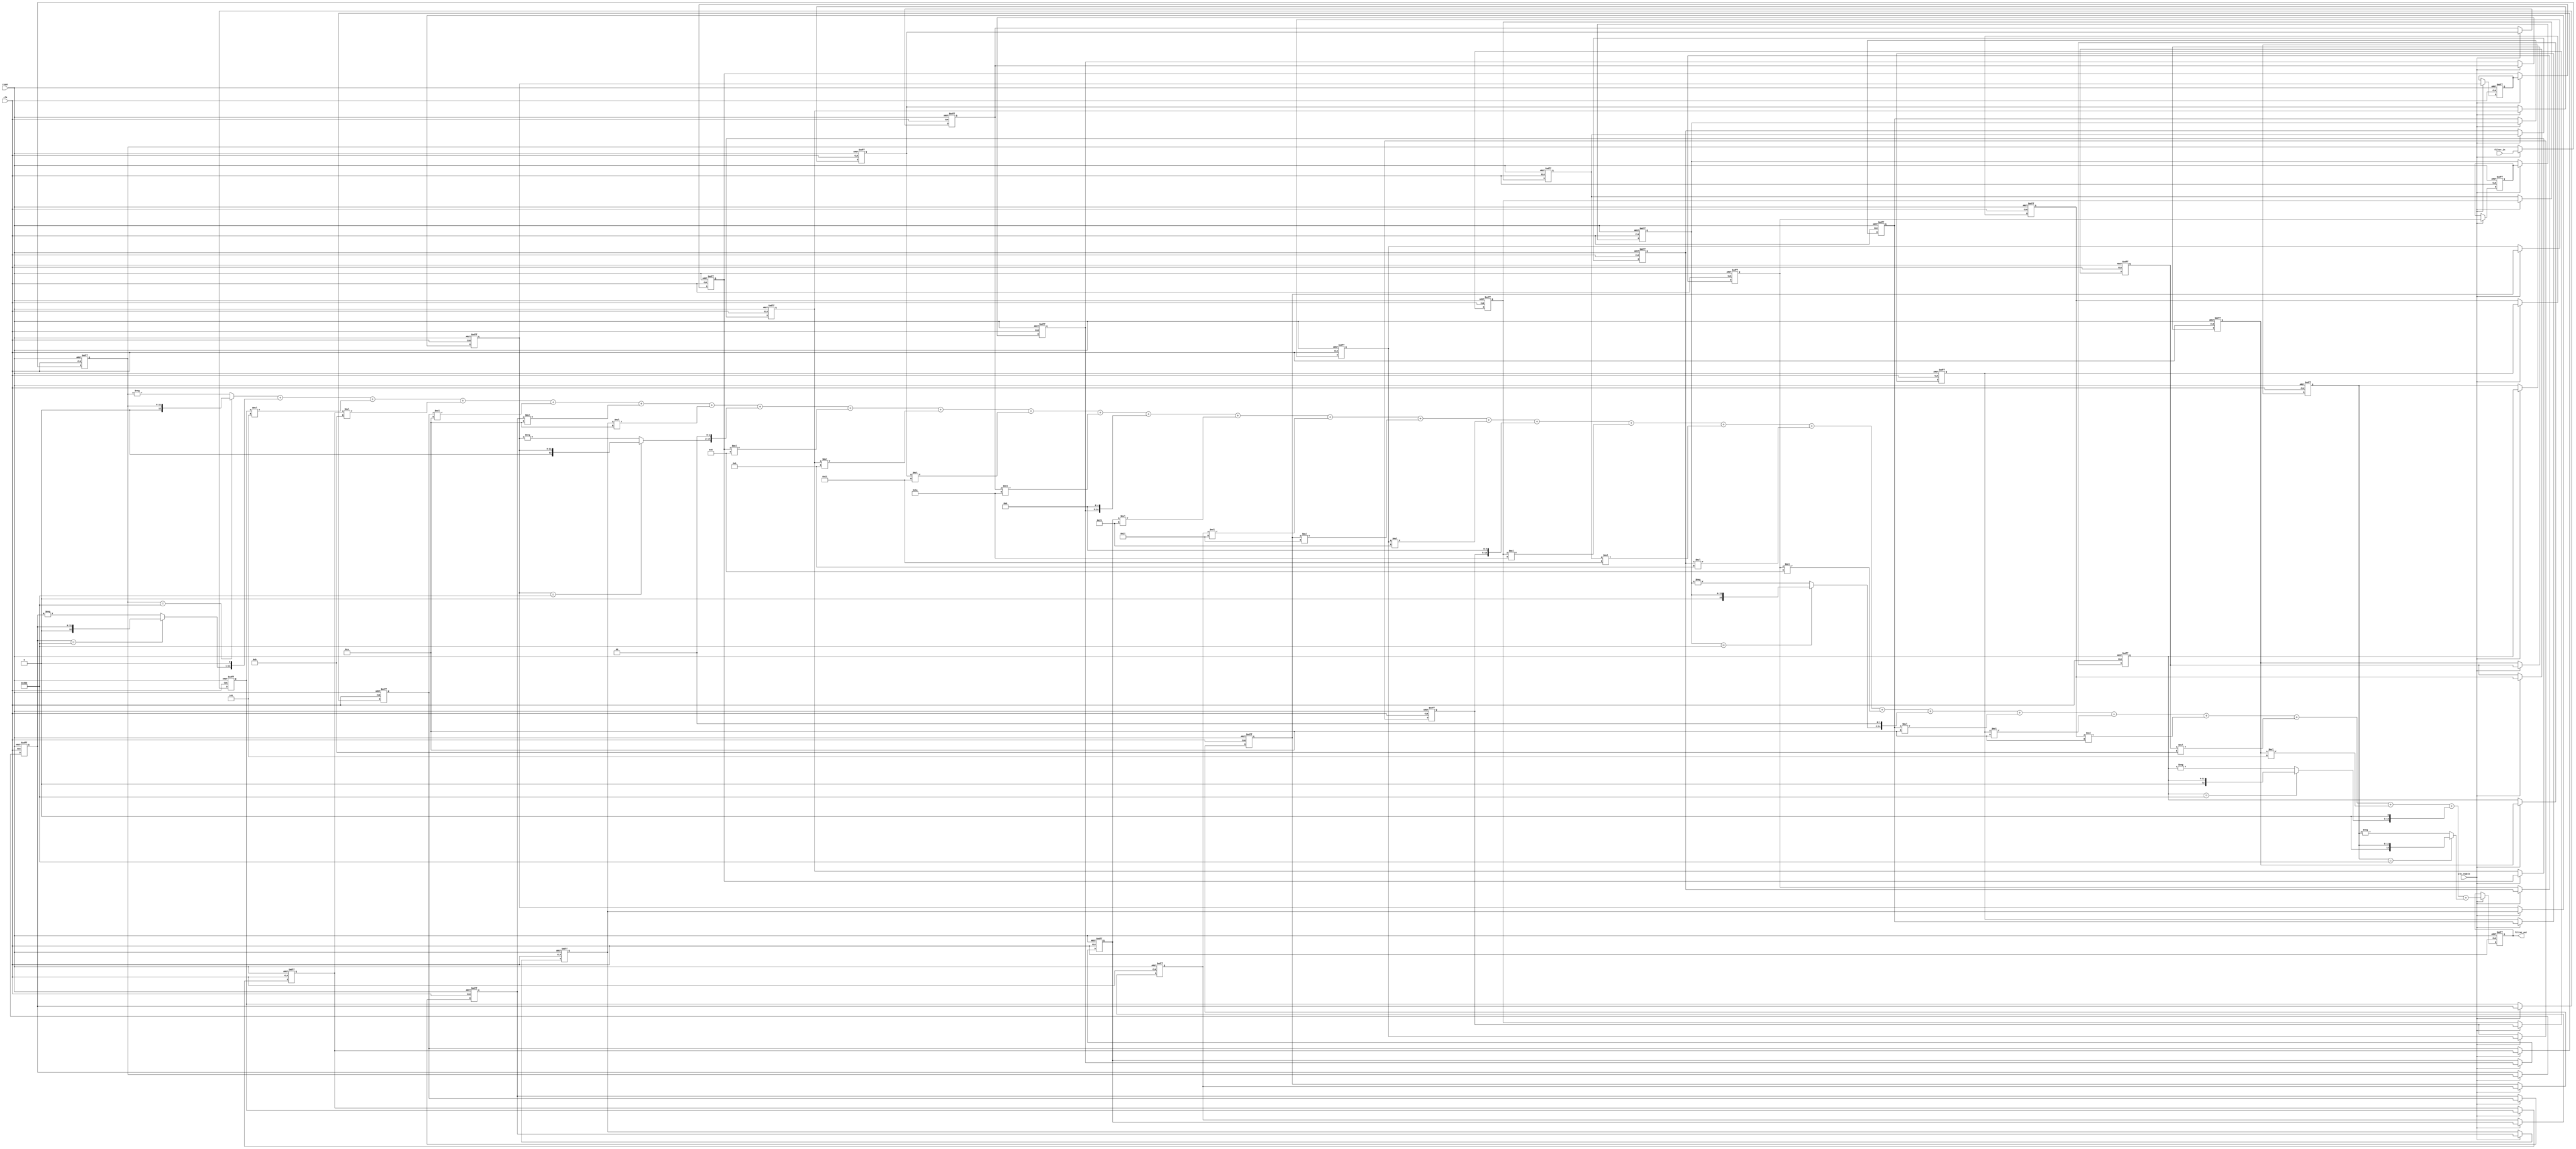
// -------------------------------------------------------------
//
// Module: fir_50_3
// Generated by MATLAB(R) 9.7 and Filter Design HDL Coder 3.1.6.
// Generated on: 2022-05-22 17:28:08
// -------------------------------------------------------------

// -------------------------------------------------------------
// HDL Code Generation Options:
//
// TargetDirectory: E:\TD\workspace
// Name: fir_50_3
// TargetLanguage: Verilog
// TestBenchStimulus: impulse step ramp chirp noise 

// -------------------------------------------------------------
// HDL Implementation    : Fully parallel
// Folding Factor        : 1
// -------------------------------------------------------------
// Filter Settings:
//
// Discrete-Time FIR Filter (real)
// -------------------------------
// Filter Structure  : Direct-Form FIR
// Filter Length     : 32
// Stable            : Yes
// Linear Phase      : Yes (Type 2)
// Arithmetic        : fixed
// Numerator         : s16,8 -> [-128 128)
// Input             : s12,0 -> [-2048 2048)
// Filter Internals  : Full Precision
//   Output          : s21,8 -> [-4096 4096)  (auto determined)
//   Product         : s18,8 -> [-512 512)  (auto determined)
//   Accumulator     : s21,8 -> [-4096 4096)  (auto determined)
//   Round Mode      : No rounding
//   Overflow Mode   : No overflow
// -------------------------------------------------------------




`timescale 1 ns / 1 ns

module fir_50_3
               (
                clk,
                clk_enable,
                reset,
                filter_in,
                filter_out
                );

  input   clk; 
  input   clk_enable; 
  input   reset; 
  input   signed [11:0] filter_in; //sfix12
  output  signed [20:0] filter_out; //sfix21_En8

////////////////////////////////////////////////////////////////
//Module Architecture: fir_50_3
////////////////////////////////////////////////////////////////
  // Local Functions
  // Type Definitions
  // Constants
  parameter signed [15:0] coeff1 = 16'b1111111111111111; //sfix16_En8
  parameter signed [15:0] coeff2 = 16'b1111111111111110; //sfix16_En8
  parameter signed [15:0] coeff3 = 16'b1111111111111101; //sfix16_En8
  parameter signed [15:0] coeff4 = 16'b1111111111111011; //sfix16_En8
  parameter signed [15:0] coeff5 = 16'b1111111111111010; //sfix16_En8
  parameter signed [15:0] coeff6 = 16'b1111111111111010; //sfix16_En8
  parameter signed [15:0] coeff7 = 16'b1111111111111010; //sfix16_En8
  parameter signed [15:0] coeff8 = 16'b1111111111111100; //sfix16_En8
  parameter signed [15:0] coeff9 = 16'b0000000000000000; //sfix16_En8
  parameter signed [15:0] coeff10 = 16'b0000000000000101; //sfix16_En8
  parameter signed [15:0] coeff11 = 16'b0000000000001011; //sfix16_En8
  parameter signed [15:0] coeff12 = 16'b0000000000010010; //sfix16_En8
  parameter signed [15:0] coeff13 = 16'b0000000000011010; //sfix16_En8
  parameter signed [15:0] coeff14 = 16'b0000000000100000; //sfix16_En8
  parameter signed [15:0] coeff15 = 16'b0000000000100101; //sfix16_En8
  parameter signed [15:0] coeff16 = 16'b0000000000100111; //sfix16_En8
  parameter signed [15:0] coeff17 = 16'b0000000000100111; //sfix16_En8
  parameter signed [15:0] coeff18 = 16'b0000000000100101; //sfix16_En8
  parameter signed [15:0] coeff19 = 16'b0000000000100000; //sfix16_En8
  parameter signed [15:0] coeff20 = 16'b0000000000011010; //sfix16_En8
  parameter signed [15:0] coeff21 = 16'b0000000000010010; //sfix16_En8
  parameter signed [15:0] coeff22 = 16'b0000000000001011; //sfix16_En8
  parameter signed [15:0] coeff23 = 16'b0000000000000101; //sfix16_En8
  parameter signed [15:0] coeff24 = 16'b0000000000000000; //sfix16_En8
  parameter signed [15:0] coeff25 = 16'b1111111111111100; //sfix16_En8
  parameter signed [15:0] coeff26 = 16'b1111111111111010; //sfix16_En8
  parameter signed [15:0] coeff27 = 16'b1111111111111010; //sfix16_En8
  parameter signed [15:0] coeff28 = 16'b1111111111111010; //sfix16_En8
  parameter signed [15:0] coeff29 = 16'b1111111111111011; //sfix16_En8
  parameter signed [15:0] coeff30 = 16'b1111111111111101; //sfix16_En8
  parameter signed [15:0] coeff31 = 16'b1111111111111110; //sfix16_En8
  parameter signed [15:0] coeff32 = 16'b1111111111111111; //sfix16_En8

  // Signals
  reg  signed [11:0] delay_pipeline [0:31] ; // sfix12
  wire signed [17:0] product32; // sfix18_En8
  wire signed [12:0] mulpwr2_temp; // sfix13
  wire signed [17:0] product31; // sfix18_En8
  wire signed [12:0] mulpwr2_temp_1; // sfix13
  wire signed [17:0] product30; // sfix18_En8
  wire signed [27:0] mul_temp; // sfix28_En8
  wire signed [17:0] product29; // sfix18_En8
  wire signed [27:0] mul_temp_1; // sfix28_En8
  wire signed [17:0] product28; // sfix18_En8
  wire signed [27:0] mul_temp_2; // sfix28_En8
  wire signed [17:0] product27; // sfix18_En8
  wire signed [27:0] mul_temp_3; // sfix28_En8
  wire signed [17:0] product26; // sfix18_En8
  wire signed [27:0] mul_temp_4; // sfix28_En8
  wire signed [17:0] product25; // sfix18_En8
  wire signed [12:0] mulpwr2_temp_2; // sfix13
  wire signed [17:0] product23; // sfix18_En8
  wire signed [27:0] mul_temp_5; // sfix28_En8
  wire signed [17:0] product22; // sfix18_En8
  wire signed [27:0] mul_temp_6; // sfix28_En8
  wire signed [17:0] product21; // sfix18_En8
  wire signed [27:0] mul_temp_7; // sfix28_En8
  wire signed [17:0] product20; // sfix18_En8
  wire signed [27:0] mul_temp_8; // sfix28_En8
  wire signed [17:0] product19; // sfix18_En8
  wire signed [17:0] product18; // sfix18_En8
  wire signed [27:0] mul_temp_9; // sfix28_En8
  wire signed [17:0] product17; // sfix18_En8
  wire signed [27:0] mul_temp_10; // sfix28_En8
  wire signed [17:0] product16; // sfix18_En8
  wire signed [27:0] mul_temp_11; // sfix28_En8
  wire signed [17:0] product15; // sfix18_En8
  wire signed [27:0] mul_temp_12; // sfix28_En8
  wire signed [17:0] product14; // sfix18_En8
  wire signed [17:0] product13; // sfix18_En8
  wire signed [27:0] mul_temp_13; // sfix28_En8
  wire signed [17:0] product12; // sfix18_En8
  wire signed [27:0] mul_temp_14; // sfix28_En8
  wire signed [17:0] product11; // sfix18_En8
  wire signed [27:0] mul_temp_15; // sfix28_En8
  wire signed [17:0] product10; // sfix18_En8
  wire signed [27:0] mul_temp_16; // sfix28_En8
  wire signed [17:0] product8; // sfix18_En8
  wire signed [12:0] mulpwr2_temp_3; // sfix13
  wire signed [17:0] product7; // sfix18_En8
  wire signed [27:0] mul_temp_17; // sfix28_En8
  wire signed [17:0] product6; // sfix18_En8
  wire signed [27:0] mul_temp_18; // sfix28_En8
  wire signed [17:0] product5; // sfix18_En8
  wire signed [27:0] mul_temp_19; // sfix28_En8
  wire signed [17:0] product4; // sfix18_En8
  wire signed [27:0] mul_temp_20; // sfix28_En8
  wire signed [17:0] product3; // sfix18_En8
  wire signed [27:0] mul_temp_21; // sfix28_En8
  wire signed [17:0] product2; // sfix18_En8
  wire signed [12:0] mulpwr2_temp_4; // sfix13
  wire signed [20:0] product1_cast; // sfix21_En8
  wire signed [17:0] product1; // sfix18_En8
  wire signed [12:0] mulpwr2_temp_5; // sfix13
  wire signed [20:0] sum1; // sfix21_En8
  wire signed [20:0] add_signext; // sfix21_En8
  wire signed [20:0] add_signext_1; // sfix21_En8
  wire signed [21:0] add_temp; // sfix22_En8
  wire signed [20:0] sum2; // sfix21_En8
  wire signed [20:0] add_signext_2; // sfix21_En8
  wire signed [20:0] add_signext_3; // sfix21_En8
  wire signed [21:0] add_temp_1; // sfix22_En8
  wire signed [20:0] sum3; // sfix21_En8
  wire signed [20:0] add_signext_4; // sfix21_En8
  wire signed [20:0] add_signext_5; // sfix21_En8
  wire signed [21:0] add_temp_2; // sfix22_En8
  wire signed [20:0] sum4; // sfix21_En8
  wire signed [20:0] add_signext_6; // sfix21_En8
  wire signed [20:0] add_signext_7; // sfix21_En8
  wire signed [21:0] add_temp_3; // sfix22_En8
  wire signed [20:0] sum5; // sfix21_En8
  wire signed [20:0] add_signext_8; // sfix21_En8
  wire signed [20:0] add_signext_9; // sfix21_En8
  wire signed [21:0] add_temp_4; // sfix22_En8
  wire signed [20:0] sum6; // sfix21_En8
  wire signed [20:0] add_signext_10; // sfix21_En8
  wire signed [20:0] add_signext_11; // sfix21_En8
  wire signed [21:0] add_temp_5; // sfix22_En8
  wire signed [20:0] sum7; // sfix21_En8
  wire signed [20:0] add_signext_12; // sfix21_En8
  wire signed [20:0] add_signext_13; // sfix21_En8
  wire signed [21:0] add_temp_6; // sfix22_En8
  wire signed [20:0] sum8; // sfix21_En8
  wire signed [20:0] add_signext_14; // sfix21_En8
  wire signed [20:0] add_signext_15; // sfix21_En8
  wire signed [21:0] add_temp_7; // sfix22_En8
  wire signed [20:0] sum9; // sfix21_En8
  wire signed [20:0] add_signext_16; // sfix21_En8
  wire signed [20:0] add_signext_17; // sfix21_En8
  wire signed [21:0] add_temp_8; // sfix22_En8
  wire signed [20:0] sum10; // sfix21_En8
  wire signed [20:0] add_signext_18; // sfix21_En8
  wire signed [20:0] add_signext_19; // sfix21_En8
  wire signed [21:0] add_temp_9; // sfix22_En8
  wire signed [20:0] sum11; // sfix21_En8
  wire signed [20:0] add_signext_20; // sfix21_En8
  wire signed [20:0] add_signext_21; // sfix21_En8
  wire signed [21:0] add_temp_10; // sfix22_En8
  wire signed [20:0] sum12; // sfix21_En8
  wire signed [20:0] add_signext_22; // sfix21_En8
  wire signed [20:0] add_signext_23; // sfix21_En8
  wire signed [21:0] add_temp_11; // sfix22_En8
  wire signed [20:0] sum13; // sfix21_En8
  wire signed [20:0] add_signext_24; // sfix21_En8
  wire signed [20:0] add_signext_25; // sfix21_En8
  wire signed [21:0] add_temp_12; // sfix22_En8
  wire signed [20:0] sum14; // sfix21_En8
  wire signed [20:0] add_signext_26; // sfix21_En8
  wire signed [20:0] add_signext_27; // sfix21_En8
  wire signed [21:0] add_temp_13; // sfix22_En8
  wire signed [20:0] sum15; // sfix21_En8
  wire signed [20:0] add_signext_28; // sfix21_En8
  wire signed [20:0] add_signext_29; // sfix21_En8
  wire signed [21:0] add_temp_14; // sfix22_En8
  wire signed [20:0] sum16; // sfix21_En8
  wire signed [20:0] add_signext_30; // sfix21_En8
  wire signed [20:0] add_signext_31; // sfix21_En8
  wire signed [21:0] add_temp_15; // sfix22_En8
  wire signed [20:0] sum17; // sfix21_En8
  wire signed [20:0] add_signext_32; // sfix21_En8
  wire signed [20:0] add_signext_33; // sfix21_En8
  wire signed [21:0] add_temp_16; // sfix22_En8
  wire signed [20:0] sum18; // sfix21_En8
  wire signed [20:0] add_signext_34; // sfix21_En8
  wire signed [20:0] add_signext_35; // sfix21_En8
  wire signed [21:0] add_temp_17; // sfix22_En8
  wire signed [20:0] sum19; // sfix21_En8
  wire signed [20:0] add_signext_36; // sfix21_En8
  wire signed [20:0] add_signext_37; // sfix21_En8
  wire signed [21:0] add_temp_18; // sfix22_En8
  wire signed [20:0] sum20; // sfix21_En8
  wire signed [20:0] add_signext_38; // sfix21_En8
  wire signed [20:0] add_signext_39; // sfix21_En8
  wire signed [21:0] add_temp_19; // sfix22_En8
  wire signed [20:0] sum21; // sfix21_En8
  wire signed [20:0] add_signext_40; // sfix21_En8
  wire signed [20:0] add_signext_41; // sfix21_En8
  wire signed [21:0] add_temp_20; // sfix22_En8
  wire signed [20:0] sum22; // sfix21_En8
  wire signed [20:0] add_signext_42; // sfix21_En8
  wire signed [20:0] add_signext_43; // sfix21_En8
  wire signed [21:0] add_temp_21; // sfix22_En8
  wire signed [20:0] sum23; // sfix21_En8
  wire signed [20:0] add_signext_44; // sfix21_En8
  wire signed [20:0] add_signext_45; // sfix21_En8
  wire signed [21:0] add_temp_22; // sfix22_En8
  wire signed [20:0] sum24; // sfix21_En8
  wire signed [20:0] add_signext_46; // sfix21_En8
  wire signed [20:0] add_signext_47; // sfix21_En8
  wire signed [21:0] add_temp_23; // sfix22_En8
  wire signed [20:0] sum25; // sfix21_En8
  wire signed [20:0] add_signext_48; // sfix21_En8
  wire signed [20:0] add_signext_49; // sfix21_En8
  wire signed [21:0] add_temp_24; // sfix22_En8
  wire signed [20:0] sum26; // sfix21_En8
  wire signed [20:0] add_signext_50; // sfix21_En8
  wire signed [20:0] add_signext_51; // sfix21_En8
  wire signed [21:0] add_temp_25; // sfix22_En8
  wire signed [20:0] sum27; // sfix21_En8
  wire signed [20:0] add_signext_52; // sfix21_En8
  wire signed [20:0] add_signext_53; // sfix21_En8
  wire signed [21:0] add_temp_26; // sfix22_En8
  wire signed [20:0] sum28; // sfix21_En8
  wire signed [20:0] add_signext_54; // sfix21_En8
  wire signed [20:0] add_signext_55; // sfix21_En8
  wire signed [21:0] add_temp_27; // sfix22_En8
  wire signed [20:0] sum29; // sfix21_En8
  wire signed [20:0] add_signext_56; // sfix21_En8
  wire signed [20:0] add_signext_57; // sfix21_En8
  wire signed [21:0] add_temp_28; // sfix22_En8
  reg  signed [20:0] output_register; // sfix21_En8

  // Block Statements
  always @( posedge clk or posedge reset)
    begin: Delay_Pipeline_process
      if (reset == 1'b1) begin
        delay_pipeline[0] <= 0;
        delay_pipeline[1] <= 0;
        delay_pipeline[2] <= 0;
        delay_pipeline[3] <= 0;
        delay_pipeline[4] <= 0;
        delay_pipeline[5] <= 0;
        delay_pipeline[6] <= 0;
        delay_pipeline[7] <= 0;
        delay_pipeline[8] <= 0;
        delay_pipeline[9] <= 0;
        delay_pipeline[10] <= 0;
        delay_pipeline[11] <= 0;
        delay_pipeline[12] <= 0;
        delay_pipeline[13] <= 0;
        delay_pipeline[14] <= 0;
        delay_pipeline[15] <= 0;
        delay_pipeline[16] <= 0;
        delay_pipeline[17] <= 0;
        delay_pipeline[18] <= 0;
        delay_pipeline[19] <= 0;
        delay_pipeline[20] <= 0;
        delay_pipeline[21] <= 0;
        delay_pipeline[22] <= 0;
        delay_pipeline[23] <= 0;
        delay_pipeline[24] <= 0;
        delay_pipeline[25] <= 0;
        delay_pipeline[26] <= 0;
        delay_pipeline[27] <= 0;
        delay_pipeline[28] <= 0;
        delay_pipeline[29] <= 0;
        delay_pipeline[30] <= 0;
        delay_pipeline[31] <= 0;
      end
      else begin
        if (clk_enable == 1'b1) begin
          delay_pipeline[0] <= filter_in;
          delay_pipeline[1] <= delay_pipeline[0];
          delay_pipeline[2] <= delay_pipeline[1];
          delay_pipeline[3] <= delay_pipeline[2];
          delay_pipeline[4] <= delay_pipeline[3];
          delay_pipeline[5] <= delay_pipeline[4];
          delay_pipeline[6] <= delay_pipeline[5];
          delay_pipeline[7] <= delay_pipeline[6];
          delay_pipeline[8] <= delay_pipeline[7];
          delay_pipeline[9] <= delay_pipeline[8];
          delay_pipeline[10] <= delay_pipeline[9];
          delay_pipeline[11] <= delay_pipeline[10];
          delay_pipeline[12] <= delay_pipeline[11];
          delay_pipeline[13] <= delay_pipeline[12];
          delay_pipeline[14] <= delay_pipeline[13];
          delay_pipeline[15] <= delay_pipeline[14];
          delay_pipeline[16] <= delay_pipeline[15];
          delay_pipeline[17] <= delay_pipeline[16];
          delay_pipeline[18] <= delay_pipeline[17];
          delay_pipeline[19] <= delay_pipeline[18];
          delay_pipeline[20] <= delay_pipeline[19];
          delay_pipeline[21] <= delay_pipeline[20];
          delay_pipeline[22] <= delay_pipeline[21];
          delay_pipeline[23] <= delay_pipeline[22];
          delay_pipeline[24] <= delay_pipeline[23];
          delay_pipeline[25] <= delay_pipeline[24];
          delay_pipeline[26] <= delay_pipeline[25];
          delay_pipeline[27] <= delay_pipeline[26];
          delay_pipeline[28] <= delay_pipeline[27];
          delay_pipeline[29] <= delay_pipeline[28];
          delay_pipeline[30] <= delay_pipeline[29];
          delay_pipeline[31] <= delay_pipeline[30];
        end
      end
    end // Delay_Pipeline_process


  assign mulpwr2_temp = (delay_pipeline[31]==12'b100000000000) ? $signed({1'b0, delay_pipeline[31]}) : -delay_pipeline[31];

  assign product32 = $signed({{5{mulpwr2_temp[12]}}, mulpwr2_temp});

  assign mulpwr2_temp_1 = (delay_pipeline[30]==12'b100000000000) ? $signed({1'b0, delay_pipeline[30]}) : -delay_pipeline[30];

  assign product31 = $signed({mulpwr2_temp_1[12:0], 1'b0});

  assign mul_temp = delay_pipeline[29] * coeff30;
  assign product30 = mul_temp[17:0];

  assign mul_temp_1 = delay_pipeline[28] * coeff29;
  assign product29 = mul_temp_1[17:0];

  assign mul_temp_2 = delay_pipeline[27] * coeff28;
  assign product28 = mul_temp_2[17:0];

  assign mul_temp_3 = delay_pipeline[26] * coeff27;
  assign product27 = mul_temp_3[17:0];

  assign mul_temp_4 = delay_pipeline[25] * coeff26;
  assign product26 = mul_temp_4[17:0];

  assign mulpwr2_temp_2 = (delay_pipeline[24]==12'b100000000000) ? $signed({1'b0, delay_pipeline[24]}) : -delay_pipeline[24];

  assign product25 = $signed({mulpwr2_temp_2[12:0], 2'b00});

  assign mul_temp_5 = delay_pipeline[22] * coeff23;
  assign product23 = mul_temp_5[17:0];

  assign mul_temp_6 = delay_pipeline[21] * coeff22;
  assign product22 = mul_temp_6[17:0];

  assign mul_temp_7 = delay_pipeline[20] * coeff21;
  assign product21 = mul_temp_7[17:0];

  assign mul_temp_8 = delay_pipeline[19] * coeff20;
  assign product20 = mul_temp_8[17:0];

  assign product19 = $signed({delay_pipeline[18][11:0], 5'b00000});

  assign mul_temp_9 = delay_pipeline[17] * coeff18;
  assign product18 = mul_temp_9[17:0];

  assign mul_temp_10 = delay_pipeline[16] * coeff17;
  assign product17 = mul_temp_10[17:0];

  assign mul_temp_11 = delay_pipeline[15] * coeff16;
  assign product16 = mul_temp_11[17:0];

  assign mul_temp_12 = delay_pipeline[14] * coeff15;
  assign product15 = mul_temp_12[17:0];

  assign product14 = $signed({delay_pipeline[13][11:0], 5'b00000});

  assign mul_temp_13 = delay_pipeline[12] * coeff13;
  assign product13 = mul_temp_13[17:0];

  assign mul_temp_14 = delay_pipeline[11] * coeff12;
  assign product12 = mul_temp_14[17:0];

  assign mul_temp_15 = delay_pipeline[10] * coeff11;
  assign product11 = mul_temp_15[17:0];

  assign mul_temp_16 = delay_pipeline[9] * coeff10;
  assign product10 = mul_temp_16[17:0];

  assign mulpwr2_temp_3 = (delay_pipeline[7]==12'b100000000000) ? $signed({1'b0, delay_pipeline[7]}) : -delay_pipeline[7];

  assign product8 = $signed({mulpwr2_temp_3[12:0], 2'b00});

  assign mul_temp_17 = delay_pipeline[6] * coeff7;
  assign product7 = mul_temp_17[17:0];

  assign mul_temp_18 = delay_pipeline[5] * coeff6;
  assign product6 = mul_temp_18[17:0];

  assign mul_temp_19 = delay_pipeline[4] * coeff5;
  assign product5 = mul_temp_19[17:0];

  assign mul_temp_20 = delay_pipeline[3] * coeff4;
  assign product4 = mul_temp_20[17:0];

  assign mul_temp_21 = delay_pipeline[2] * coeff3;
  assign product3 = mul_temp_21[17:0];

  assign mulpwr2_temp_4 = (delay_pipeline[1]==12'b100000000000) ? $signed({1'b0, delay_pipeline[1]}) : -delay_pipeline[1];

  assign product2 = $signed({mulpwr2_temp_4[12:0], 1'b0});

  assign product1_cast = $signed({{3{product1[17]}}, product1});

  assign mulpwr2_temp_5 = (delay_pipeline[0]==12'b100000000000) ? $signed({1'b0, delay_pipeline[0]}) : -delay_pipeline[0];

  assign product1 = $signed({{5{mulpwr2_temp_5[12]}}, mulpwr2_temp_5});

  assign add_signext = product1_cast;
  assign add_signext_1 = $signed({{3{product2[17]}}, product2});
  assign add_temp = add_signext + add_signext_1;
  assign sum1 = add_temp[20:0];

  assign add_signext_2 = sum1;
  assign add_signext_3 = $signed({{3{product3[17]}}, product3});
  assign add_temp_1 = add_signext_2 + add_signext_3;
  assign sum2 = add_temp_1[20:0];

  assign add_signext_4 = sum2;
  assign add_signext_5 = $signed({{3{product4[17]}}, product4});
  assign add_temp_2 = add_signext_4 + add_signext_5;
  assign sum3 = add_temp_2[20:0];

  assign add_signext_6 = sum3;
  assign add_signext_7 = $signed({{3{product5[17]}}, product5});
  assign add_temp_3 = add_signext_6 + add_signext_7;
  assign sum4 = add_temp_3[20:0];

  assign add_signext_8 = sum4;
  assign add_signext_9 = $signed({{3{product6[17]}}, product6});
  assign add_temp_4 = add_signext_8 + add_signext_9;
  assign sum5 = add_temp_4[20:0];

  assign add_signext_10 = sum5;
  assign add_signext_11 = $signed({{3{product7[17]}}, product7});
  assign add_temp_5 = add_signext_10 + add_signext_11;
  assign sum6 = add_temp_5[20:0];

  assign add_signext_12 = sum6;
  assign add_signext_13 = $signed({{3{product8[17]}}, product8});
  assign add_temp_6 = add_signext_12 + add_signext_13;
  assign sum7 = add_temp_6[20:0];

  assign add_signext_14 = sum7;
  assign add_signext_15 = $signed({{3{product10[17]}}, product10});
  assign add_temp_7 = add_signext_14 + add_signext_15;
  assign sum8 = add_temp_7[20:0];

  assign add_signext_16 = sum8;
  assign add_signext_17 = $signed({{3{product11[17]}}, product11});
  assign add_temp_8 = add_signext_16 + add_signext_17;
  assign sum9 = add_temp_8[20:0];

  assign add_signext_18 = sum9;
  assign add_signext_19 = $signed({{3{product12[17]}}, product12});
  assign add_temp_9 = add_signext_18 + add_signext_19;
  assign sum10 = add_temp_9[20:0];

  assign add_signext_20 = sum10;
  assign add_signext_21 = $signed({{3{product13[17]}}, product13});
  assign add_temp_10 = add_signext_20 + add_signext_21;
  assign sum11 = add_temp_10[20:0];

  assign add_signext_22 = sum11;
  assign add_signext_23 = $signed({{3{product14[17]}}, product14});
  assign add_temp_11 = add_signext_22 + add_signext_23;
  assign sum12 = add_temp_11[20:0];

  assign add_signext_24 = sum12;
  assign add_signext_25 = $signed({{3{product15[17]}}, product15});
  assign add_temp_12 = add_signext_24 + add_signext_25;
  assign sum13 = add_temp_12[20:0];

  assign add_signext_26 = sum13;
  assign add_signext_27 = $signed({{3{product16[17]}}, product16});
  assign add_temp_13 = add_signext_26 + add_signext_27;
  assign sum14 = add_temp_13[20:0];

  assign add_signext_28 = sum14;
  assign add_signext_29 = $signed({{3{product17[17]}}, product17});
  assign add_temp_14 = add_signext_28 + add_signext_29;
  assign sum15 = add_temp_14[20:0];

  assign add_signext_30 = sum15;
  assign add_signext_31 = $signed({{3{product18[17]}}, product18});
  assign add_temp_15 = add_signext_30 + add_signext_31;
  assign sum16 = add_temp_15[20:0];

  assign add_signext_32 = sum16;
  assign add_signext_33 = $signed({{3{product19[17]}}, product19});
  assign add_temp_16 = add_signext_32 + add_signext_33;
  assign sum17 = add_temp_16[20:0];

  assign add_signext_34 = sum17;
  assign add_signext_35 = $signed({{3{product20[17]}}, product20});
  assign add_temp_17 = add_signext_34 + add_signext_35;
  assign sum18 = add_temp_17[20:0];

  assign add_signext_36 = sum18;
  assign add_signext_37 = $signed({{3{product21[17]}}, product21});
  assign add_temp_18 = add_signext_36 + add_signext_37;
  assign sum19 = add_temp_18[20:0];

  assign add_signext_38 = sum19;
  assign add_signext_39 = $signed({{3{product22[17]}}, product22});
  assign add_temp_19 = add_signext_38 + add_signext_39;
  assign sum20 = add_temp_19[20:0];

  assign add_signext_40 = sum20;
  assign add_signext_41 = $signed({{3{product23[17]}}, product23});
  assign add_temp_20 = add_signext_40 + add_signext_41;
  assign sum21 = add_temp_20[20:0];

  assign add_signext_42 = sum21;
  assign add_signext_43 = $signed({{3{product25[17]}}, product25});
  assign add_temp_21 = add_signext_42 + add_signext_43;
  assign sum22 = add_temp_21[20:0];

  assign add_signext_44 = sum22;
  assign add_signext_45 = $signed({{3{product26[17]}}, product26});
  assign add_temp_22 = add_signext_44 + add_signext_45;
  assign sum23 = add_temp_22[20:0];

  assign add_signext_46 = sum23;
  assign add_signext_47 = $signed({{3{product27[17]}}, product27});
  assign add_temp_23 = add_signext_46 + add_signext_47;
  assign sum24 = add_temp_23[20:0];

  assign add_signext_48 = sum24;
  assign add_signext_49 = $signed({{3{product28[17]}}, product28});
  assign add_temp_24 = add_signext_48 + add_signext_49;
  assign sum25 = add_temp_24[20:0];

  assign add_signext_50 = sum25;
  assign add_signext_51 = $signed({{3{product29[17]}}, product29});
  assign add_temp_25 = add_signext_50 + add_signext_51;
  assign sum26 = add_temp_25[20:0];

  assign add_signext_52 = sum26;
  assign add_signext_53 = $signed({{3{product30[17]}}, product30});
  assign add_temp_26 = add_signext_52 + add_signext_53;
  assign sum27 = add_temp_26[20:0];

  assign add_signext_54 = sum27;
  assign add_signext_55 = $signed({{3{product31[17]}}, product31});
  assign add_temp_27 = add_signext_54 + add_signext_55;
  assign sum28 = add_temp_27[20:0];

  assign add_signext_56 = sum28;
  assign add_signext_57 = $signed({{3{product32[17]}}, product32});
  assign add_temp_28 = add_signext_56 + add_signext_57;
  assign sum29 = add_temp_28[20:0];

  always @ (posedge clk or posedge reset)
    begin: Output_Register_process
      if (reset == 1'b1) begin
        output_register <= 0;
      end
      else begin
        if (clk_enable == 1'b1) begin
          output_register <= sum29;
        end
      end
    end // Output_Register_process

  // Assignment Statements
  assign filter_out = output_register;
endmodule  // fir_50_3